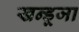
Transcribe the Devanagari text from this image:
खन्डूजा